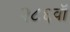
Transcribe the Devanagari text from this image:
२८६वॉ